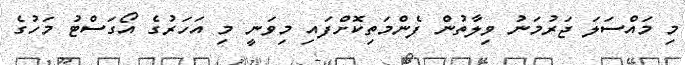
މި މައްސަލަ ޖަރުމަނު ވިލާތުން ފެންމަތިކޮށްފައި މިވަނީ މި އަހަރުގެ އޯގަސްޓު މަހުގެ